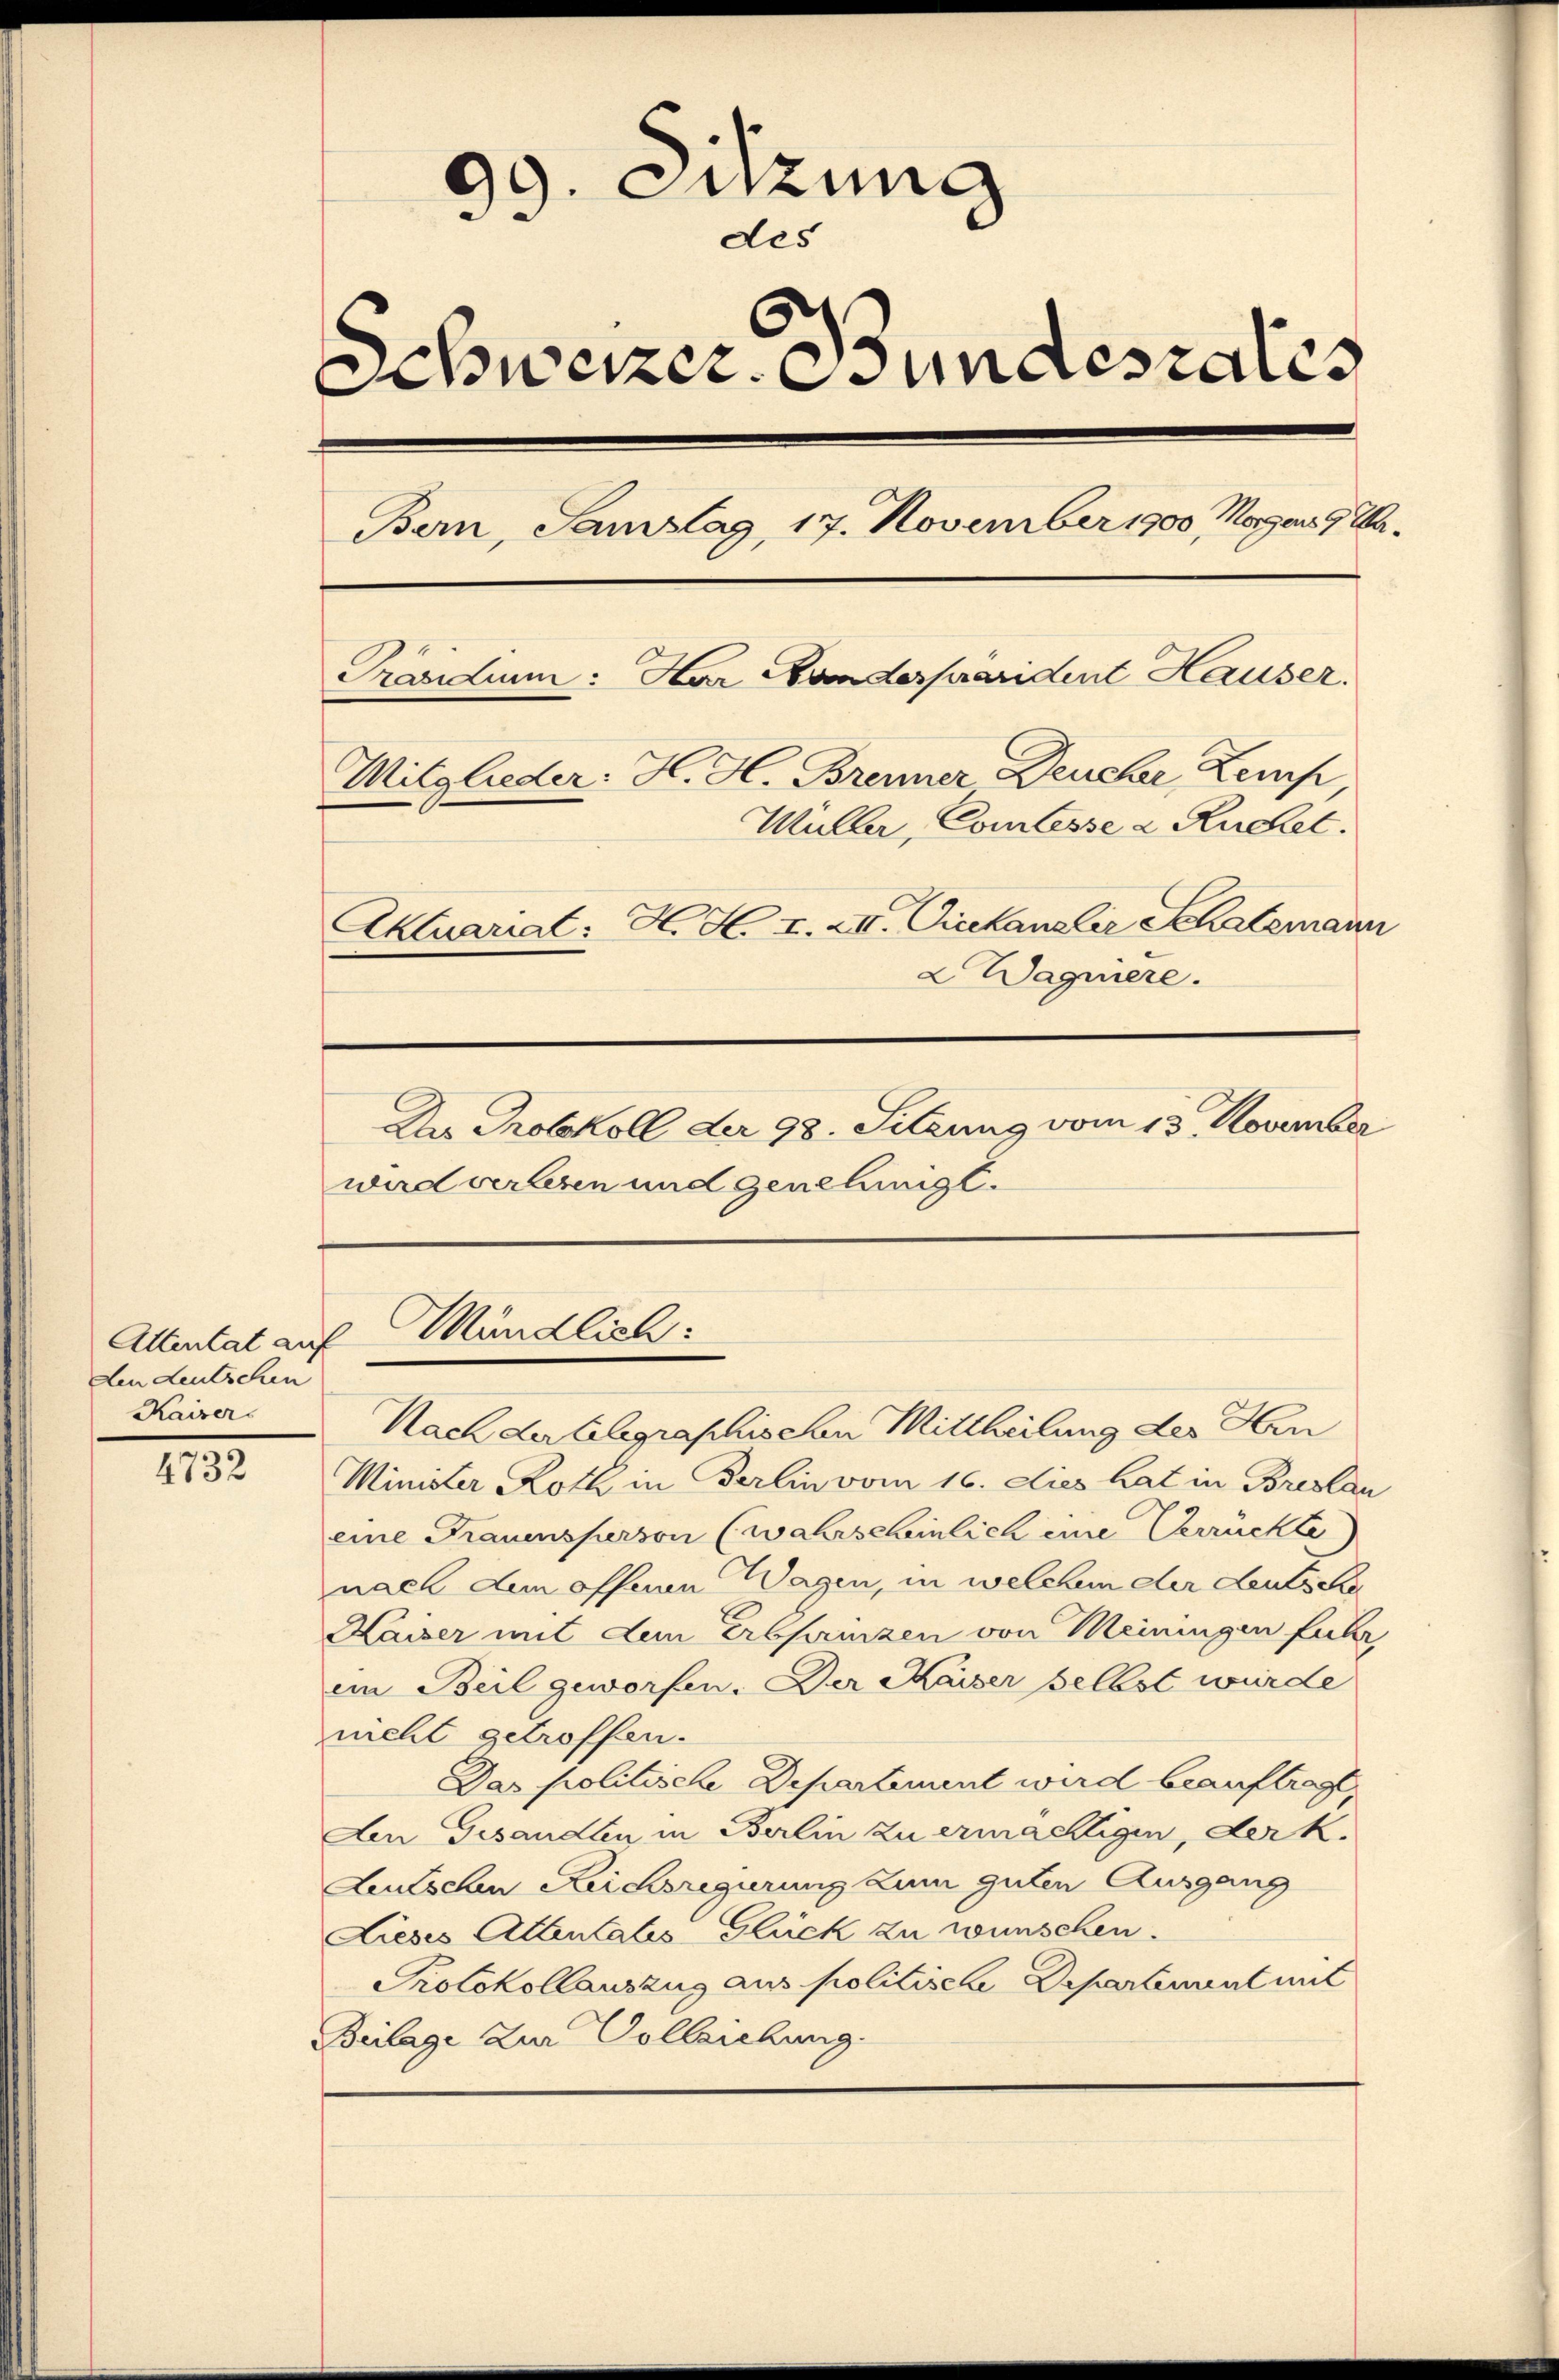
Attentat auf
den deutschen
Kaiser

4732

99. Setzung
e
des
wener undesrates
Bern, Samstag, 17. November 1900 Magen 9 Wa¬
Präsidium: Har Bunderprarident Hauser.
Mitglieder: H. H. Brenner Deucher Zemp,
Müller, Comtesse a Ruchet.
Aktuariat: H. H. I. XII. Vicekanzler Schatzmann
2 Wagnere.
Dn Protokoll der 98. Sitzung vom 13. November
wad verlesen und genehmigt.

Nach der telegraphischen Mittheilung des Hin
Minister Roth in Berlin vom 16. dies hat in Breslan
eine Frauensperson (wahrscheinlich eine Verrückte
nach dem offenen Wagen, in welchem der deutsche
Haiser mit dem Erbsamen von Meiningen fuhr,
ein Beil geworfen. Der Kaiser selbst wurde
nicht getroffen.
Das politische Departement wird beauftragt,
Aen Gesandten in Berlin zu ermächtigen, der k.
Leutschen Reichsregierung zum guten Ausgang
Lieses Altentales Glück zu wünschen.
Protokollauszug aus politische Departement mit
Beilage zur Vollziehung

Mündlich: